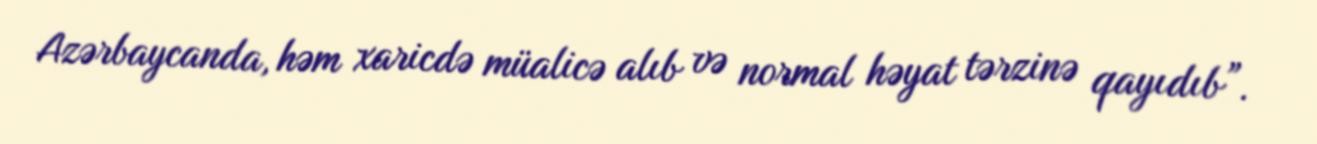
Azərbaycanda, həm xaricdə müalicə alıb və normal həyat tərzinə qayıdıb”.